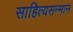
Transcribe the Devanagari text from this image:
साहित्यसन्मान